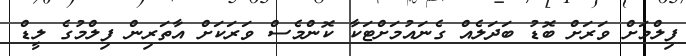
ފިލްމަށް ވަރަށް ބޮޑު ބަދަލެއް ގެނައުމަށްޓަކާ ކޮންމެސް ވަރަކަށް އާތަރިން ފިލްމުގެ ލީޑް